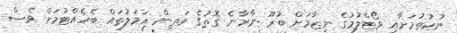
ނުކުތުމަށާއި ވޯޓްލުމުގެ ނިޒާމަށް ބުރޫ ނާރާނެ ގޮތުގެ މަތިން އަމަލުތައް ބެހެއްޓުމަށް ވެސް